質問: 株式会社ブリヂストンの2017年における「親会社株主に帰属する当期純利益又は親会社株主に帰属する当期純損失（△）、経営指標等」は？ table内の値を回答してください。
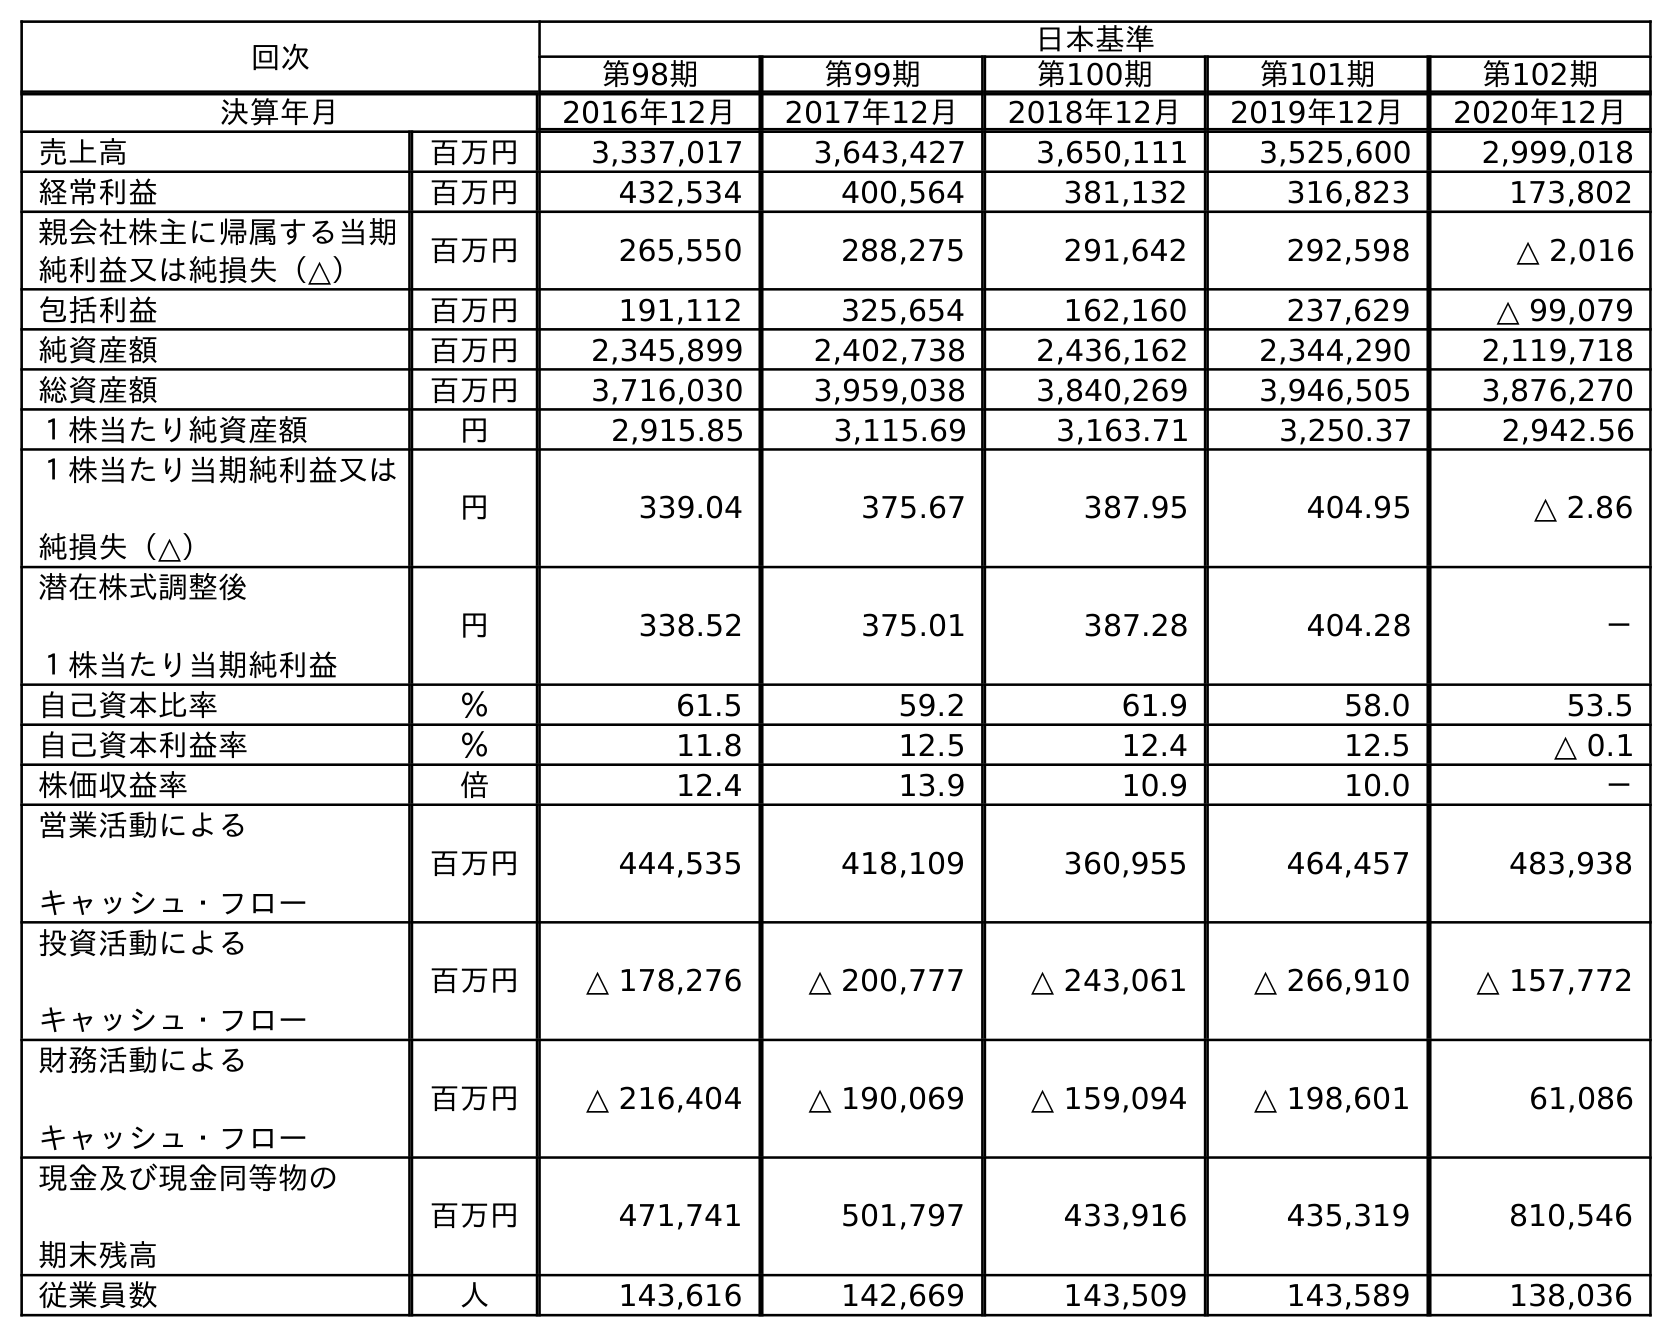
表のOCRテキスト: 回次 日本基準 第98期 第99期 第100期 第101期 第102期 決算年月 2016年12月 2017年12月 2018年12月 2019年12月 2020年12月 売上高 百万円 3,337,017 3,643,427 3,650,111 3,525,600 2,999,018 経常利益 百万円 432,534 400,564 381,132 316,823 173,802 親会社株主に帰属する当期 純利益又は純損失（△） 百万円 265,550 288,275 291,642 292,598 △ 2,016 包括利益 百万円 191,112 325,654 162,160 237,629 △ 99,079 純資産額 百万円 2,345,899 2,402,738 2,436,162 2,344,290 2,119,718 総資産額 百万円 3,716,030 3,959,038 3,840,269 3,946,505 3,876,270 １株当たり純資産額 円 2,915.85 3,115.69 3,163.71 3,250.37 2,942.56 １株当たり当期純利益又は 純損失（△） 円 339.04 375.67 387.95 404.95 △ 2.86 潜在株式調整後 １株当たり当期純利益 円 338.52 375.01 387.28 404.28 － 自己資本比率 ％ 61.5 59.2 61.9 58.0 53.5 自己資本利益率 ％ 11.8 12.5 12.4 12.5 △ 0.1 株価収益率 倍 12.4 13.9 10.9 10.0 － 営業活動による キャッシュ・フロー 百万円 444,535 418,109 360,955 464,457 483,938 投資活動による キャッシュ・フロー 百万円 △ 178,276 △ 200,777 △ 243,061 △ 266,910 △ 157,772 財務活動による キャッシュ・フロー 百万円 △ 216,404 △ 190,069 △ 159,094 △ 198,601 61,086 現金及び現金同等物の 期末残高 百万円 471,741 501,797 433,916 435,319 810,546 従業員数 人 143,616 142,669 143,509 143,589 138,036
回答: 288,275